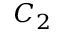
C _ { 2 }